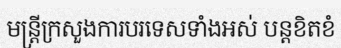
មន្ត្រីក្រសួងការបរទេសទាំងអស់ បន្តខិតខំ